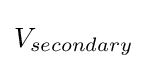
V_{secondary}